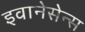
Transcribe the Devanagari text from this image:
इवानेसेन्स